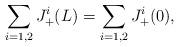
LaTeX: \begin{align*}\sum_{i=1,2} J_+^i (L)=\sum_{i=1,2}J_+^i(0),\end{align*}